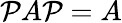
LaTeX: \mathcal{P}A\mathcal{P}=A